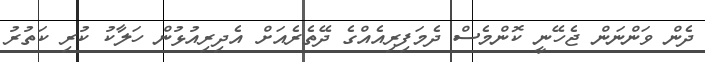
ދެން ވަންނަން ޖެހޭނީ ކޮންމެސް ދެމަފިރިއެއްގެ ދޭތެރެއަށް އެދިރިއުޅުން ހަލާކު ކުރި ކަތުރު